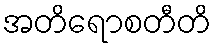
အတိရောစတီတိ